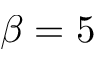
\beta = 5